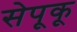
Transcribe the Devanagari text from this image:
सेपूकू